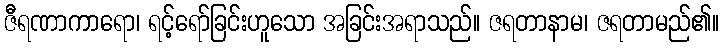
ဇီရဏာကာရော၊ ရင့်ရော်ခြင်းဟူသော အခြင်းအရာသည်။ ဇရတာနာမ၊ ဇရတာမည်၏။